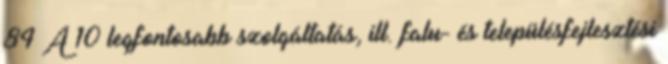
84 A 10 legfontosabb szolgáltatás, ill. falu- és településfejlesztési